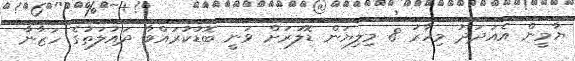
ޔާމީން އެއަދަދު މިހާރު 8 މިލިޔަން ޑޮލަރަށް ވަނީ ބޮޑުކުރައްވާ ދައުލަތުގެ ހަޒާނާ